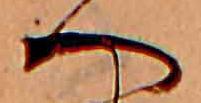
へ